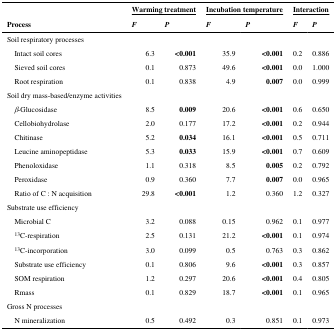
|  | <COLSPAN=2> Warming treatment | <COLSPAN=2> Incubation temperature | <COLSPAN=2> Interaction |
 | Process | F | P | F | P | F | P |
 | --- | --- | --- | --- | --- | --- | --- |
 | Soil respiratory processes |  |  |  |  |  |  |
 | Intact soil cores | 6.3 | <0.001 | 35.9 | <0.001 | 0.2 | 0.886 |
 | Sieved soil cores | 0.1 | 0.873 | 49.6 | <0.001 | 0.0 | 1.000 |
 | Root respiration | 0.1 | 0.838 | 4.9 | 0.007 | 0.0 | 0.999 |
 | Soil dry mass-based/enzyme activities |  |  |  |  |  |  |
 | β-Glucosidase | 8.5 | 0.009 | 20.6 | <0.001 | 0.6 | 0.650 |
 | Cellobiohydrolase | 2.0 | 0.177 | 17.2 | <0.001 | 0.2 | 0.944 |
 | Chitinase | 5.2 | 0.034 | 16.1 | <0.001 | 0.5 | 0.711 |
 | Leucine aminopeptidase | 5.3 | 0.033 | 15.9 | <0.001 | 0.7 | 0.609 |
 | Phenoloxidase | 1.1 | 0.318 | 8.5 | 0.005 | 0.2 | 0.792 |
 | Peroxidase | 0.9 | 0.360 | 7.7 | 0.007 | 0.0 | 0.965 |
 | Ratio of C : N acquisition | 29.8 | <0.001 | 1.2 | 0.360 | 1.2 | 0.327 |
 | Substrate use efficiency |  |  |  |  |  |  |
 | Microbial C | 3.2 | 0.088 | 0.15 | 0.962 | 0.1 | 0.977 |
 | 13C-respiration | 2.5 | 0.131 | 21.2 | <0.001 | 0.1 | 0.974 |
 | 13C-incorporation | 3.0 | 0.099 | 0.5 | 0.763 | 0.3 | 0.862 |
 | Substrate use efficiency | 0.1 | 0.806 | 9.6 | <0.001 | 0.3 | 0.857 |
 | SOM respiration | 1.2 | 0.297 | 20.6 | <0.001 | 0.4 | 0.805 |
 | Rmass | 0.1 | 0.829 | 18.7 | <0.001 | 0.1 | 0.965 |
 | Gross N processes |  |  |  |  |  |  |
 | N mineralization | 0.5 | 0.492 | 0.3 | 0.851 | 0.1 | 0.973 |